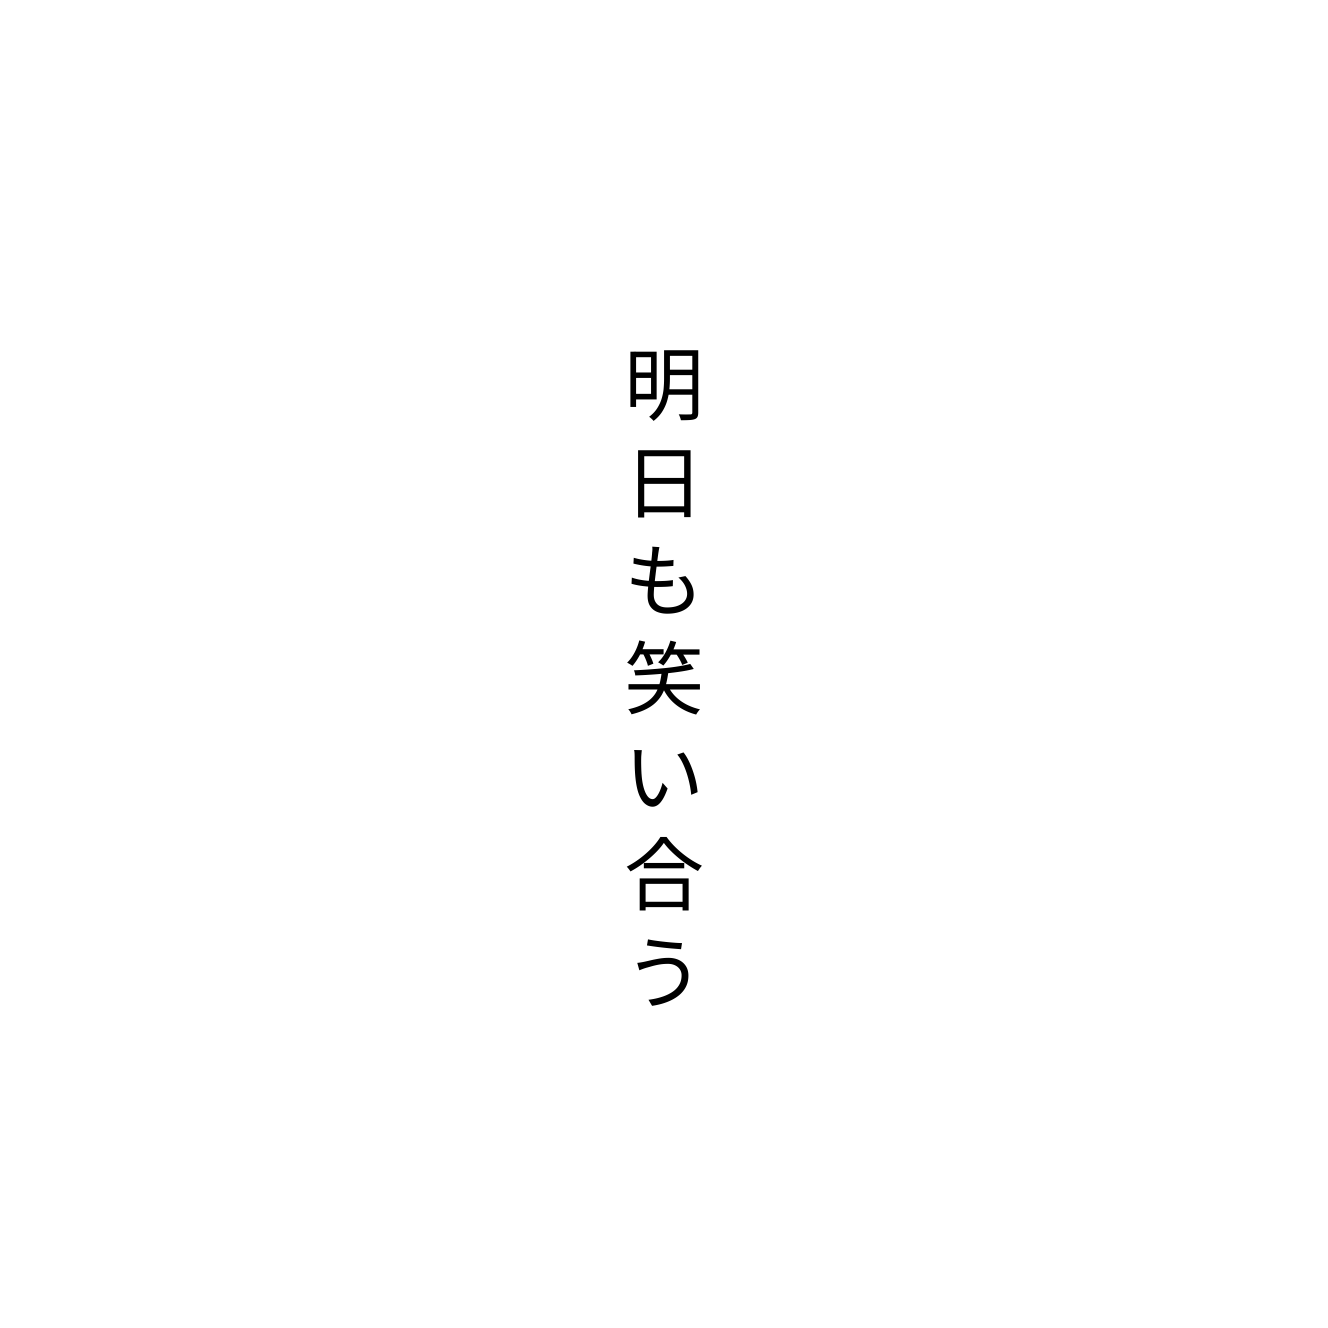
明日も笑い合う